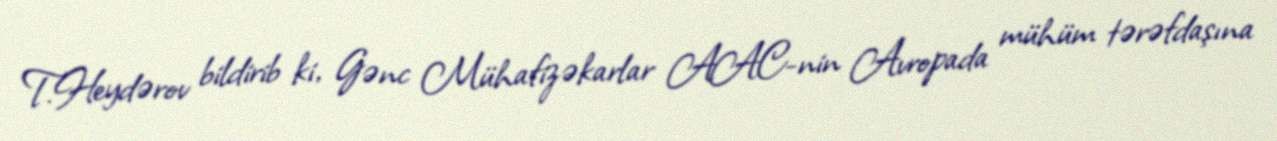
T.Heydərov bildirib ki, Gənc Mühafizəkarlar AAC-nin Avropada mühüm tərəfdaşına